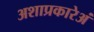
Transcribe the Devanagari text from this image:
अशाप्रकारेअं